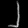
Digit: ၂